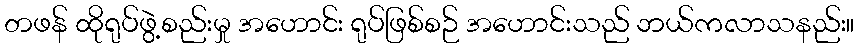
တဖန် ထိုရုပ်ဖွဲ့စည်းမှု အဟောင်း ရုပ်ဖြစ်စဉ် အဟောင်းသည် ဘယ်ကလာသနည်း။